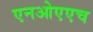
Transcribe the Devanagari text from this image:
एनओएएच